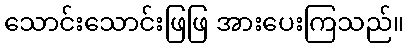
သောင်းသောင်းဖြဖြ အားပေးကြသည်။